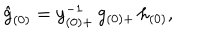
\hat { g } _ { ( 0 ) } = y _ { ( 0 ) + } ^ { - 1 } \, g _ { ( 0 ) + } \, h _ { ( 0 ) } ,